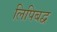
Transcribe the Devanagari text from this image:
लिपिबद्व